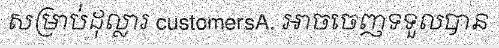
សម្រាប់ដុល្លារ customersA. អាចចេញទទួលបាន